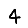
Digit: 4